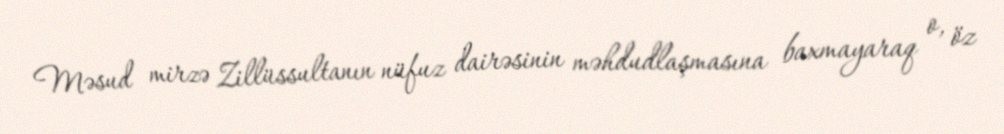
Məsud mirzə Zillüssultanın nüfuz dairəsinin məhdudlaşmasına baxmayaraq o, öz